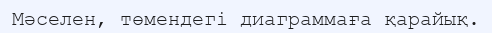
Мәселен, төмендегі диаграммаға қарайық.